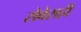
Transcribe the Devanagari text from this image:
सेवेसही